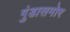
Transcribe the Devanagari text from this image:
गुंडासमोर